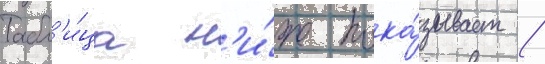
Табл'и́ца н'и́же пока́зывает /